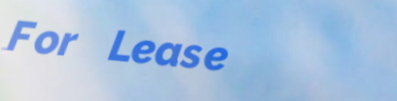
For Lease